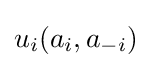
\displaystyle u_{i}(a_{i},a_{-i})